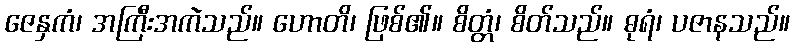
ဇေနှကံ၊ အကြီးအကဲသည်။ ဟောတိ၊ ဖြစ်၏။ စိတ္တံ၊ စိတ်သည်။ ဓုရံ၊ ပဇာနသည်။